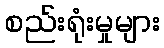
စည်းရုံးမှုများ